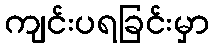
ကျင်းပရခြင်းမှာ